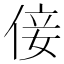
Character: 倿